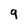
Character: 9